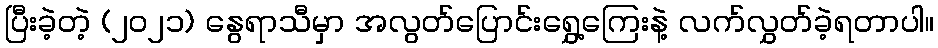
ပြီးခဲ့တဲ့ (၂၀၂၁) နွေရာသီမှာ အလွတ်ပြောင်းရွှေ့ကြေးနဲ့ လက်လွှတ်ခဲ့ရတာပါ။